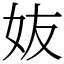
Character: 𡛀